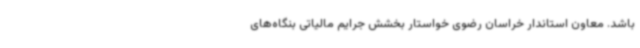
باشد. معاون استاندار خراسان رضوی خواستار بخشش جرایم مالیاتی بنگاه‌های